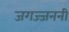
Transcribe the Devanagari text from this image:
जगज्जननी